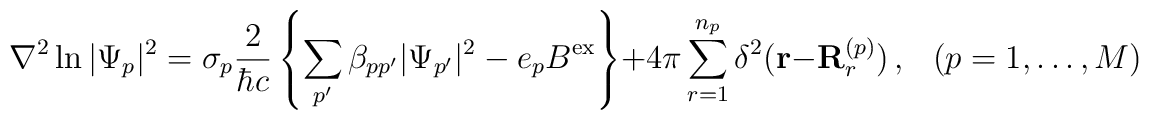
\nabla^2\ln|\Psi_p|^2=\sigma_p\frac{2}{\hbar c}\left\{\sum_{p'}\beta_{pp'}|\Psi_{p'}|^2-e_pB^{\rm ex}\right\}+4\pi\sum_{r=1}^{n_p}\delta^2({\bf r}-{\bf R}_r^{(p)})\,,       \hspace{3mm} (p=1,\ldots,M)